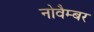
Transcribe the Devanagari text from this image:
नोवैम्बर